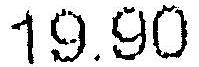
19.90